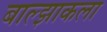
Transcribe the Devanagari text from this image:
बाल्झाकला